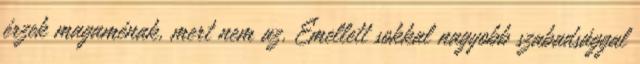
érzek magaménak, mert nem az. Emellett sokkal nagyobb szabadsággal